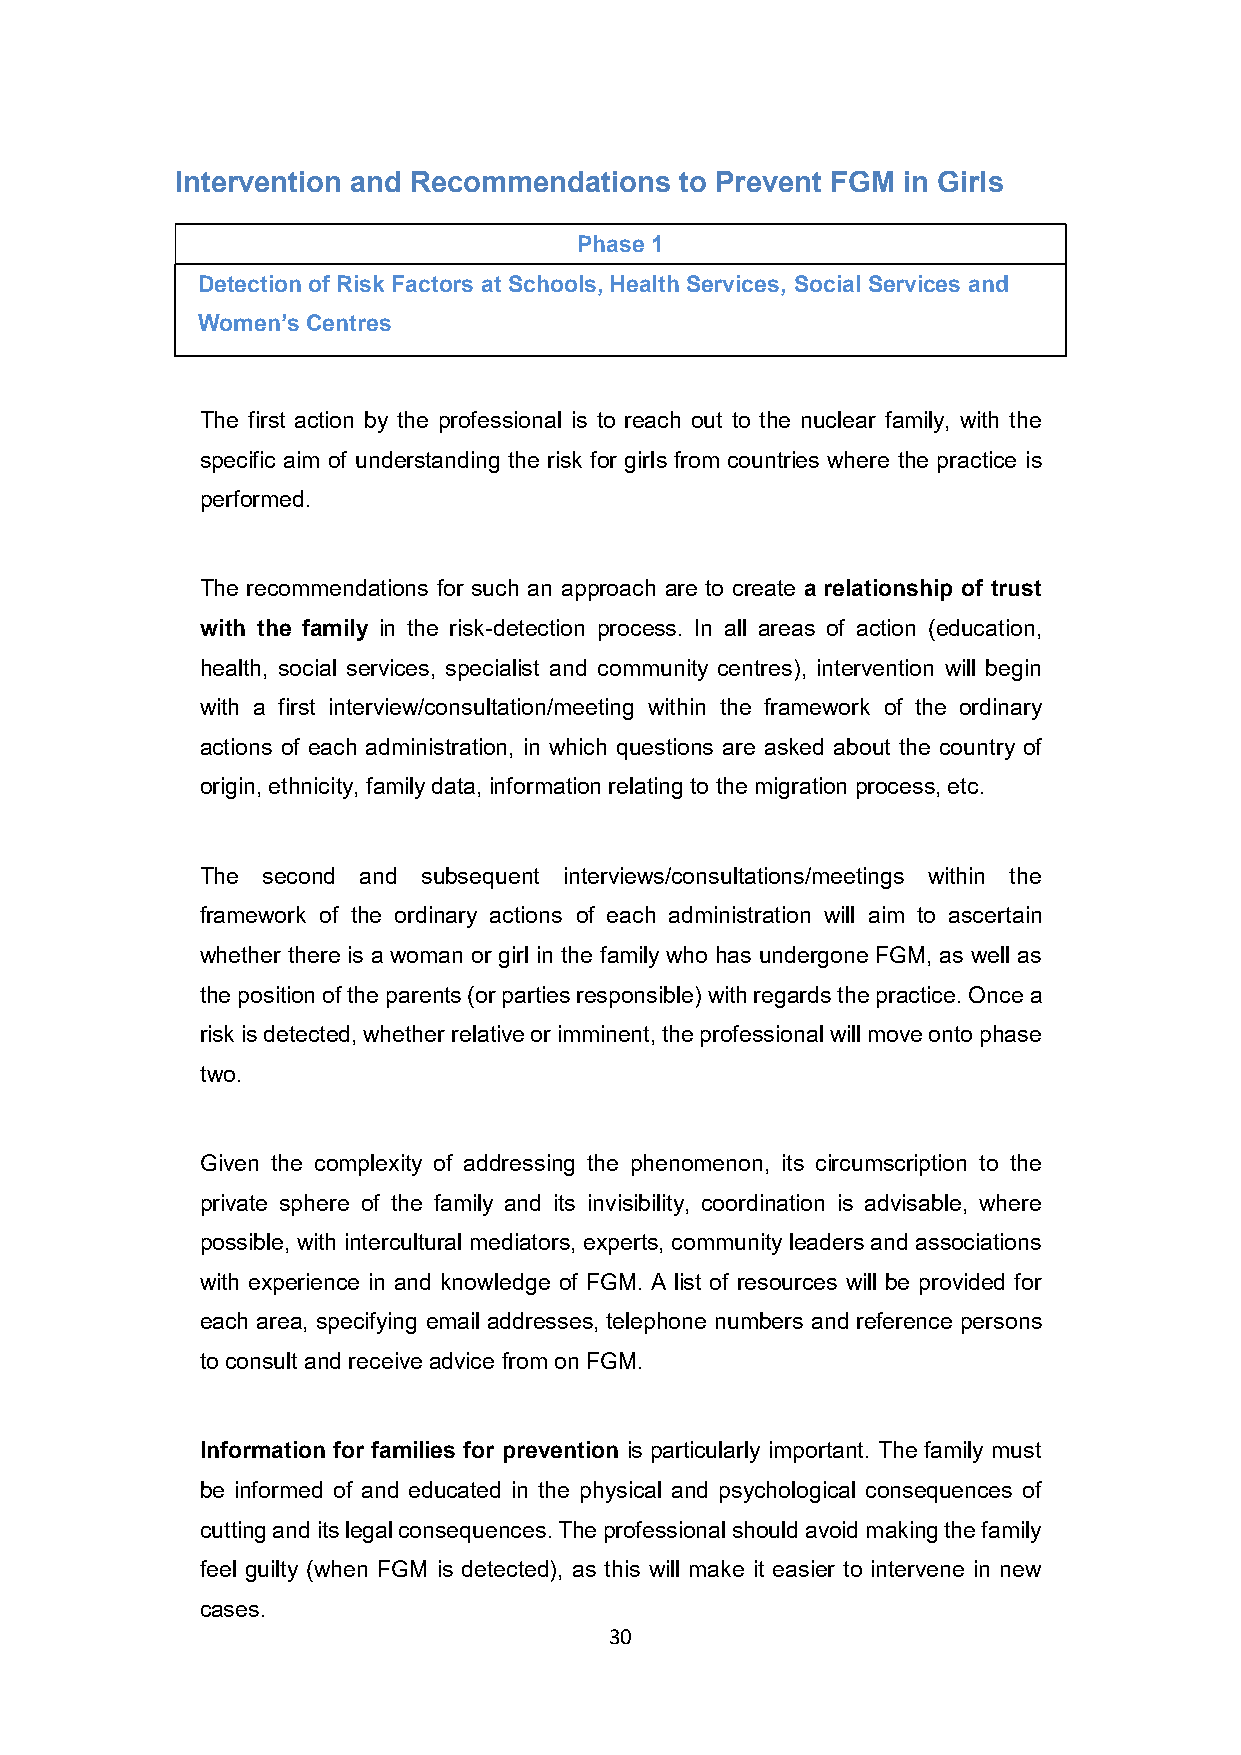
Intervention and Recommendations to Prevent FGM in Girls
 Phase 1
 Detection of Risk Factors at Schools, Health Services, Social Services and
 Women’s Centres
 The first action by the professional is to reach out to the nuclear family, with the
 specific aim of understanding the risk for girls from countries where the practice is
 performed.
 The recommendations for such an approach are to create a relationship of trust
 with the family in the risk-detection process. In all areas of action (education,
 health, social services, specialist and community centres), intervention will begin
 with a first interview/consultation/meeting within the framework of the ordinary
 actions of each administration, in which questions are asked about the country of
 origin, ethnicity, family data, information relating to the migration process, etc.
 The second and subsequent interviews/consultations/meetings within the
 framework of the ordinary actions of each administration will aim to ascertain
 whether there is a woman or girl in the family who has undergone FGM, as well as
 the position of the parents (or parties responsible) with regards the practice. Once a
 risk is detected, whether relative or imminent, the professional will move onto phase
 two.
 Given the complexity of addressing the phenomenon, its circumscription to the
 private sphere of the family and its invisibility, coordination is advisable, where
 possible, with intercultural mediators, experts, community leaders and associations
 with experience in and knowledge of FGM. A list of resources will be provided for
 each area, specifying email addresses, telephone numbers and reference persons
 to consult and receive advice from on FGM.
 Information for families for prevention is particularly important. The family must
 be informed of and educated in the physical and psychological consequences of
 cutting and its legal consequences. The professional should avoid making the family
 feel guilty (when FGM is detected), as this will make it easier to intervene in new
 cases.
 30